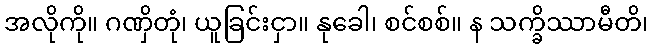
အလိုကို။ ဂဏှိတုံ၊ ယူခြင်းငှာ။ နုခေါ၊ စင်စစ်။ န သက္ခိဿာမီတိ၊